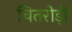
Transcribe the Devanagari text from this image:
चितरोड़ी